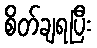
စိတ်ချရပြီး